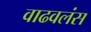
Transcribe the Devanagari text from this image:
वाढवलंस